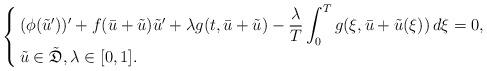
LaTeX: \begin{align*}\begin{cases}\,(\phi(\tilde{u}'))'+f(\bar{u}+\tilde{u})\tilde{u}'+\lambda g(t,\bar{u}+\tilde{u})-\dfrac{\lambda}{T}\displaystyle \int_{0}^{T}g(\xi,\bar{u}+\tilde{u}(\xi)) \, d\xi =0, \\\,\tilde{u}\in\tilde{\mathfrak{D}}, \lambda\in\mathopen{[}0,1\mathclose{]}.\end{cases}\end{align*}